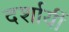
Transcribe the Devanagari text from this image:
दर्शायीं